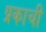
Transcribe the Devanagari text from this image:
प्रकाची